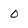
Character: 0